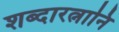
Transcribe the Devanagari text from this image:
शब्दारत्नानि